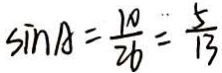
\sin A = \frac { 1 0 } { 2 6 } = \frac { 5 } { 1 3 }